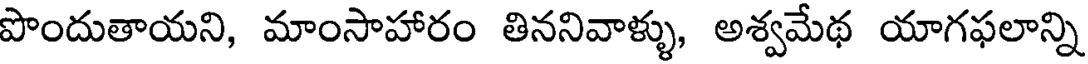
పొందుతాయని, మాంసాహారం తిననివాళ్ళు, అశ్వమేథ యాగఫలాన్ని